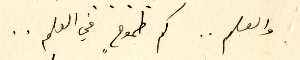
والعلم .. كم طموحٍ في العلم ..